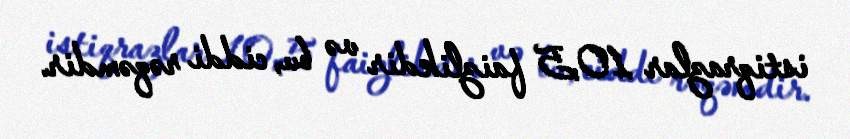
istiqrazlar 10,5 faizlikdir və bu, ciddi rəqəmdir.